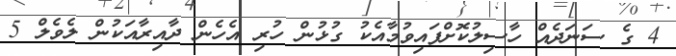
4 ގެ ސަނަދެއް ހާސިލުކޮށްފައިވުމާއެކު ގުޅުން ހުރި އެހެން ދާއިރާއަކުން ލެވެލް 5